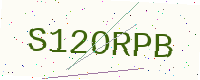
Text: S12ORPB